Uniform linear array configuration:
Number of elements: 8
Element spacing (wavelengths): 1
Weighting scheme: hann
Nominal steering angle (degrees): -15
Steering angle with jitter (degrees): -16.821
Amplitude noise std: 0.05
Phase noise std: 0.05

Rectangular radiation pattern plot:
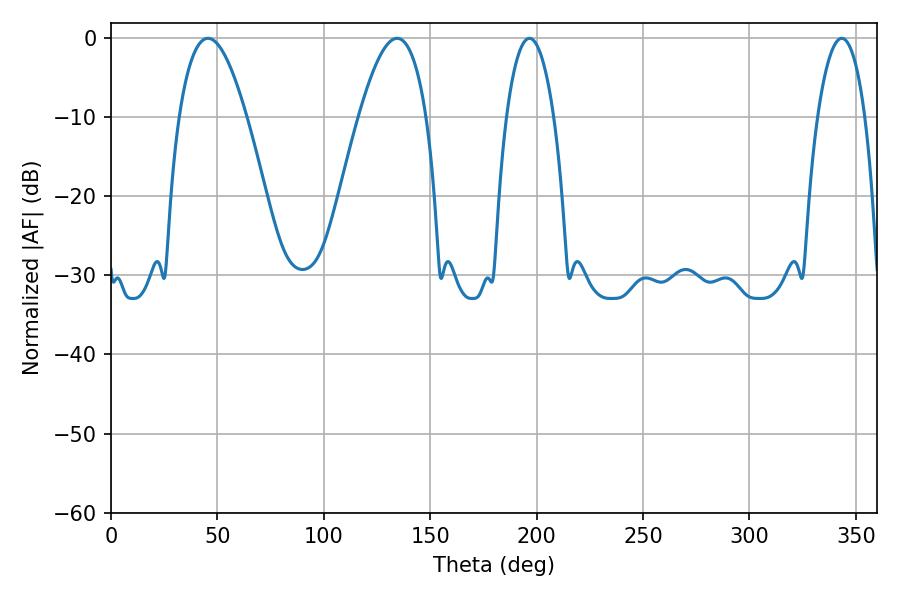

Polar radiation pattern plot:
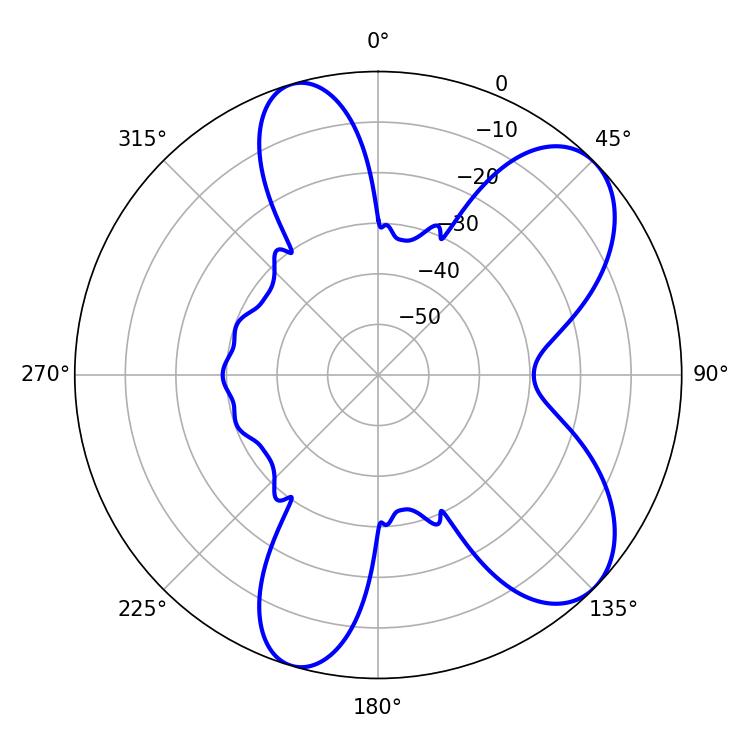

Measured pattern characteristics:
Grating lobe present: TRUE
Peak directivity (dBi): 7.694
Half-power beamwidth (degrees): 17.28
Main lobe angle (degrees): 45.54